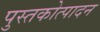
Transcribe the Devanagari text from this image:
पुस्तकोत्पादन